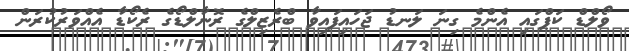
ވޯލްޑް ކަޕްގައި އެންމެ ގިނަ ލަނޑު ޖަހައިފައިވާ ބްރެޒިލްގެ ރޮނާލްޑޯގެ ރެކޯޑާ އެއްވަރުކުރަން